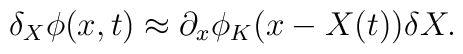
\delta _{X}\phi (x,t)\approx \partial _{x}\phi _{K}(x-X(t))\delta X.